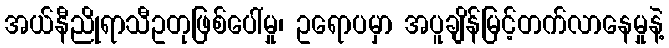
အယ်နီညိုရာသီဥတုဖြစ်ပေါ်မှု၊ ဥရောပမှာ အပူချိန်မြင့်တက်လာနေမှုနဲ့